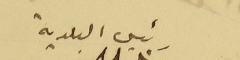
رئيس البلدية